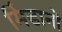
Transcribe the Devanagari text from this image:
मिंडानो